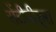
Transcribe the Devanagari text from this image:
सेंटीपीड्स